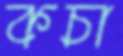
কচা